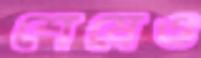
শেষেও